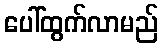
ပေါ်ထွက်လာမည်